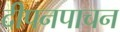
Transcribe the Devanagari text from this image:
दीपनपाचन